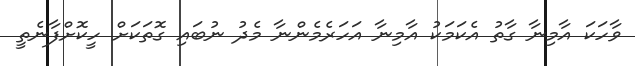
ވާހަކަ އާމިނާ ގާތު އެކަމަކު އާމިނާ އަހަރެމެންނާ މެދު ނުބައި ގޮތަކަށް ހީކޮށްފާނެތީ